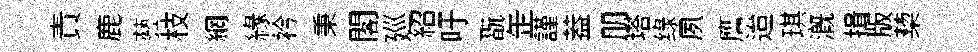
責鹿藝枝網緣衿秉閣廵紹吁翫𦈢謹葢朋塔绿夙譍迨琪溉揖版蔾